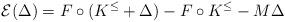
LaTeX: \begin{align*}\mathcal{E} (\Delta) = F\circ (K^{\leq} + \Delta ) - F\circ K^\leq - M \Delta\end{align*}